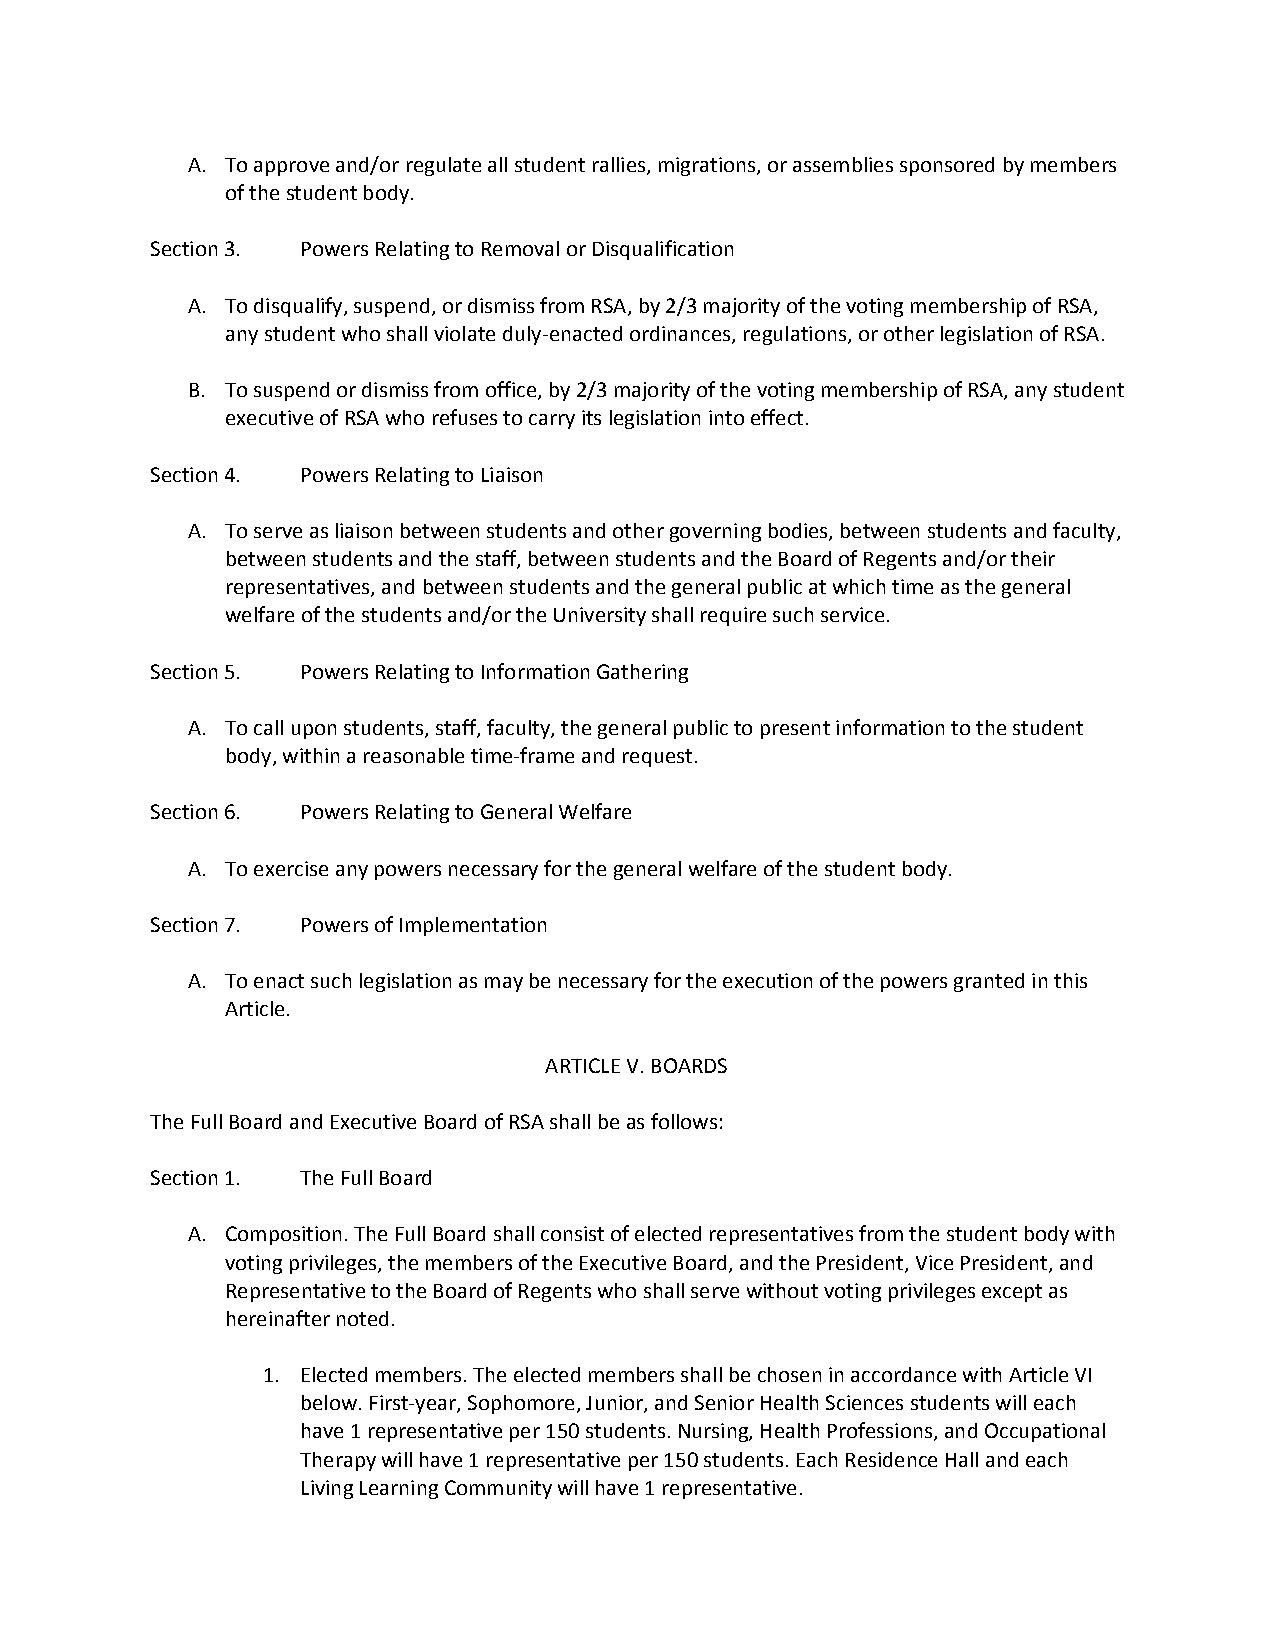
A. To approve and/or regulate all student rallies, migrations, or assemblies sponsored by members
 of the student body.
 Section 3. Powers Relating to Removal or Disqualification
 A. To disqualify, suspend, or dismiss from RSA, by 2/3 majority of the voting membership of RSA,
 any student who shall violate duly-enacted ordinances, regulations, or other legislation of RSA.
 B. To suspend or dismiss from office, by 2/3 majority of the voting membership of RSA, any student
 executive of RSA who refuses to carry its legislation into effect.
 Section 4. Powers Relating to Liaison
 A. To serve as liaison between students and other governing bodies, between students and faculty,
 between students and the staff, between students and the Board of Regents and/or their
 representatives, and between students and the general public at which time as the general
 welfare of the students and/or the University shall require such service.
 Section 5. Powers Relating to Information Gathering
 A. To call upon students, staff, faculty, the general public to present information to the student
 body, within a reasonable time-frame and request.
 Section 6. Powers Relating to General Welfare
 A. To exercise any powers necessary for the general welfare of the student body.
 Section 7. Powers of Implementation
 A. To enact such legislation as may be necessary for the execution of the powers granted in this
 Article.
 ARTICLE V. BOARDS
 The Full Board and Executive Board of RSA shall be as follows:
 Section 1. The Full Board
 A. Composition. The Full Board shall consist of elected representatives from the student body with
 voting privileges, the members of the Executive Board, and the President, Vice President, and
 Representative to the Board of Regents who shall serve without voting privileges except as
 hereinafter noted.
 1. Elected members. The elected members shall be chosen in accordance with Article VI
 below. First-year, Sophomore, Junior, and Senior Health Sciences students will each
 have 1 representative per 150 students. Nursing, Health Professions, and Occupational
 Therapy will have 1 representative per 150 students. Each Residence Hall and each
 Living Learning Community will have 1 representative.